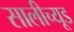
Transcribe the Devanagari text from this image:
सालीच्यूड